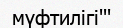
мүфтилігі'''